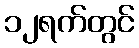
၁၂ရက်တွင်